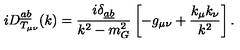
i D _ { T _ { \mu \nu } } ^ { \underline { { a } } \underline { { b } } } ( k ) = \frac { i \delta _ { \underline { { a } } \underline { { b } } } } { k ^ { 2 } - m _ { G } ^ { 2 } } \left[ - g _ { \mu \nu } + \frac { k _ { \mu } k _ { \nu } } { k ^ { 2 } } \right] .